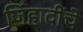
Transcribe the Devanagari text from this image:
जिहादींचे